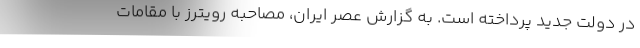
در دولت جدید پرداخته است. به گزارش عصر ایران، مصاحبه رویترز با مقامات